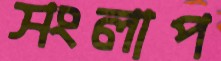
সংলাপ